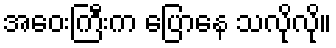
အဝေးကြီးက ပြောနေ သလိုလို။